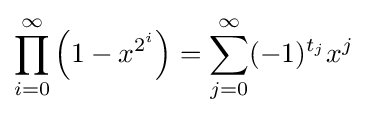
\prod _{i=0}^{\infty }\left(1-x^{2^{i}}\right)=\sum _{j=0}^{\infty }(-1)^{t_{j}}x^{j}